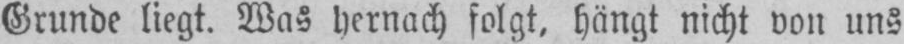
Grunde liegt. Was hernach folgt, hängt nicht von uns